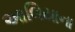
આલિયાના